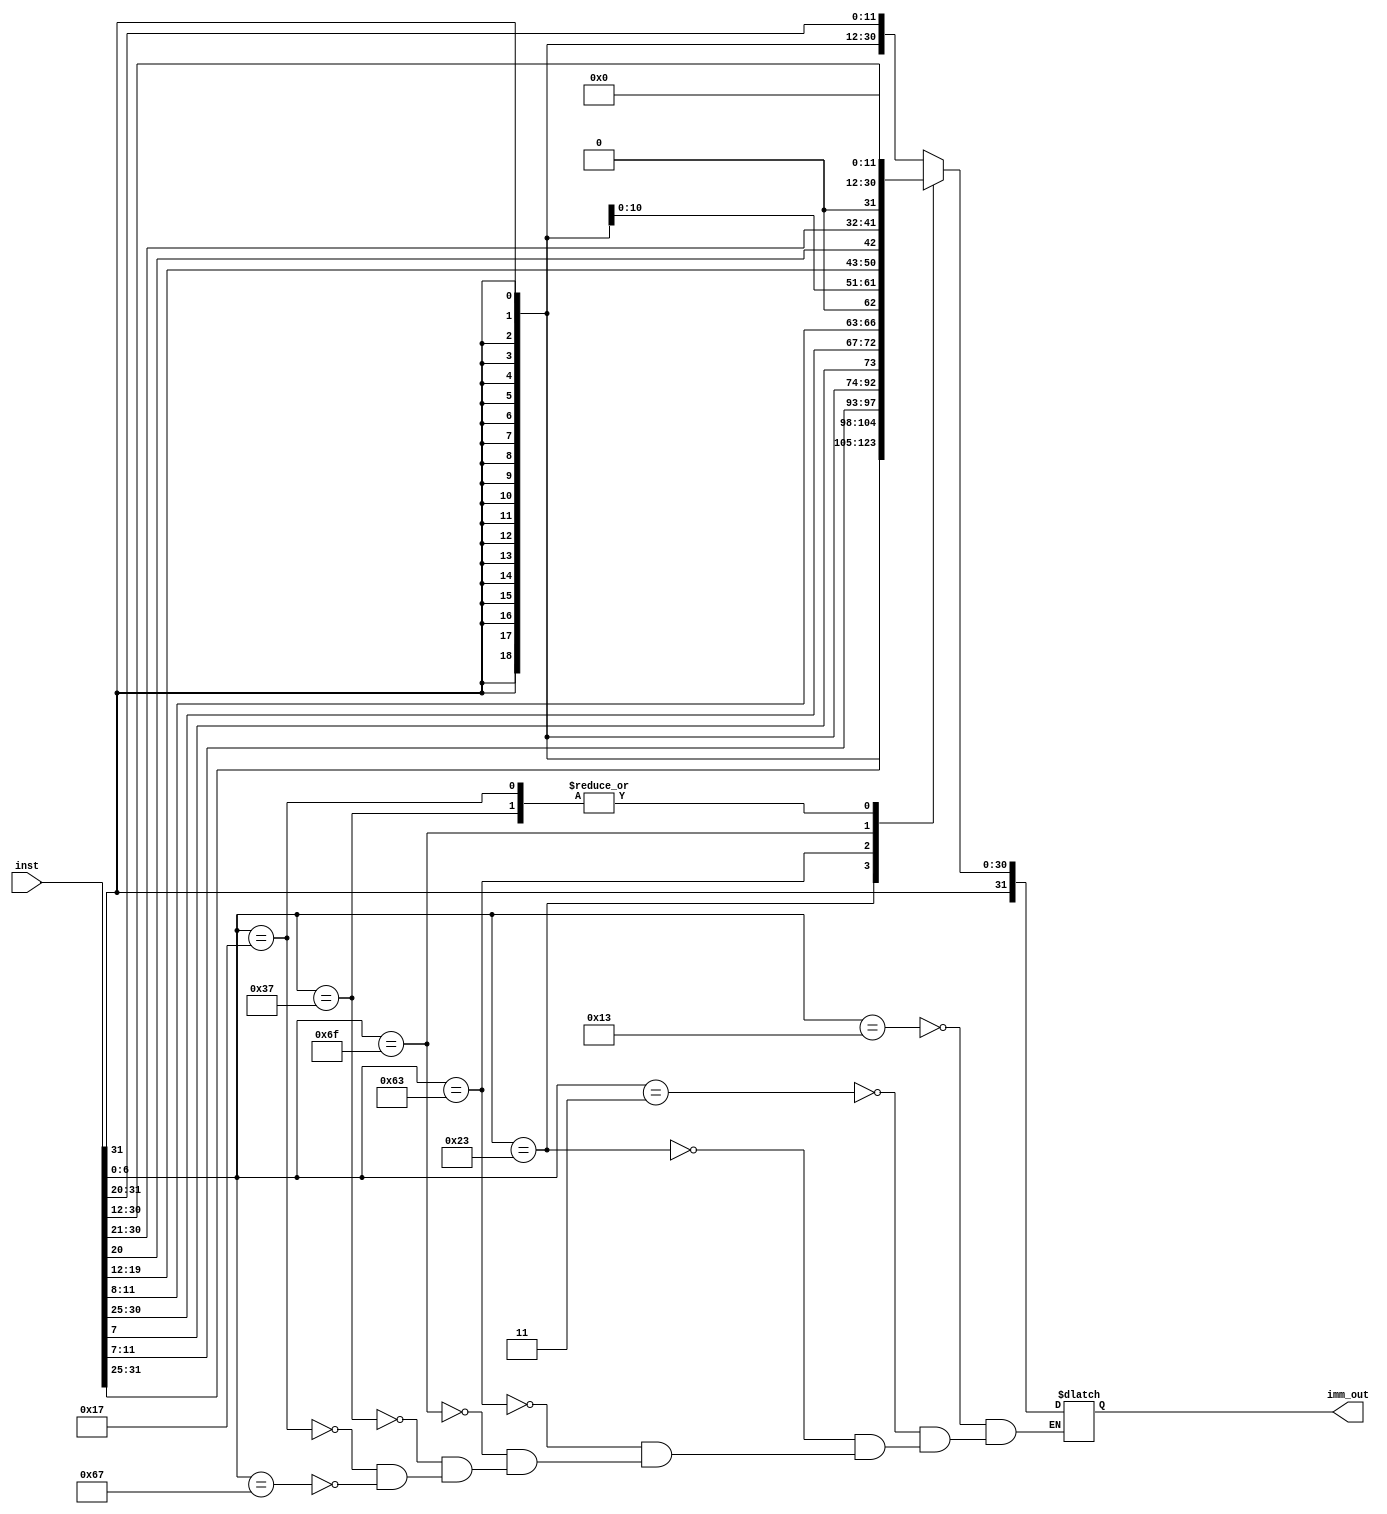
`timescale 1ns / 1ps

module ImmGen(
input [31:0] inst,
output reg [31:0] imm_out
    );
    
always @ *
begin
    
    case(inst[6:0])
        7'b0010011:
        begin
            imm_out={{20{inst[31]}},inst[31:20]};
        end
        
        7'b0000011:
        begin
            imm_out={{20{inst[31]}},inst[31:20]};
        end
        
        7'b0100011:
        begin
            imm_out={{20{inst[31]}},inst[31:25],inst[11:7]};
        end
        
        7'b1100011:
        begin
            imm_out={{20{inst[31]}},inst[7],inst[30:25],inst[11:8],1'b0};
        end
        
        7'b1101111:
        begin
            imm_out={{12{inst[31]}},inst[19:12],inst[20],inst[30:21],1'b0};
        end
        
        7'b0110111:
        begin
            imm_out={inst[31:12],12'b0};
        end
        
        7'b0010011:
        begin
            imm_out={{20{inst[31]}},inst[31:20]};
        end
        
        7'b0010111:
        begin
            imm_out={inst[31:12],12'b0};
        end
        
        7'b1100111:
        begin
            imm_out={{20{inst[31]}},inst[31:20]};
        end
    endcase    
end          
endmodule